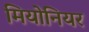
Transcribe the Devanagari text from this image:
मियोनियर